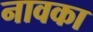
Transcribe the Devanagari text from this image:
नावका